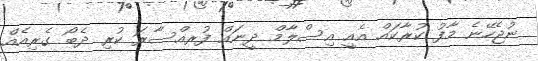
ނުޖެހޭނެ މާފު ކުރާކައް އެއީ އިސްލާމް ދީނައް ފުރއްސާރަ ކުރި ދެބޯ ގެރިއެއް